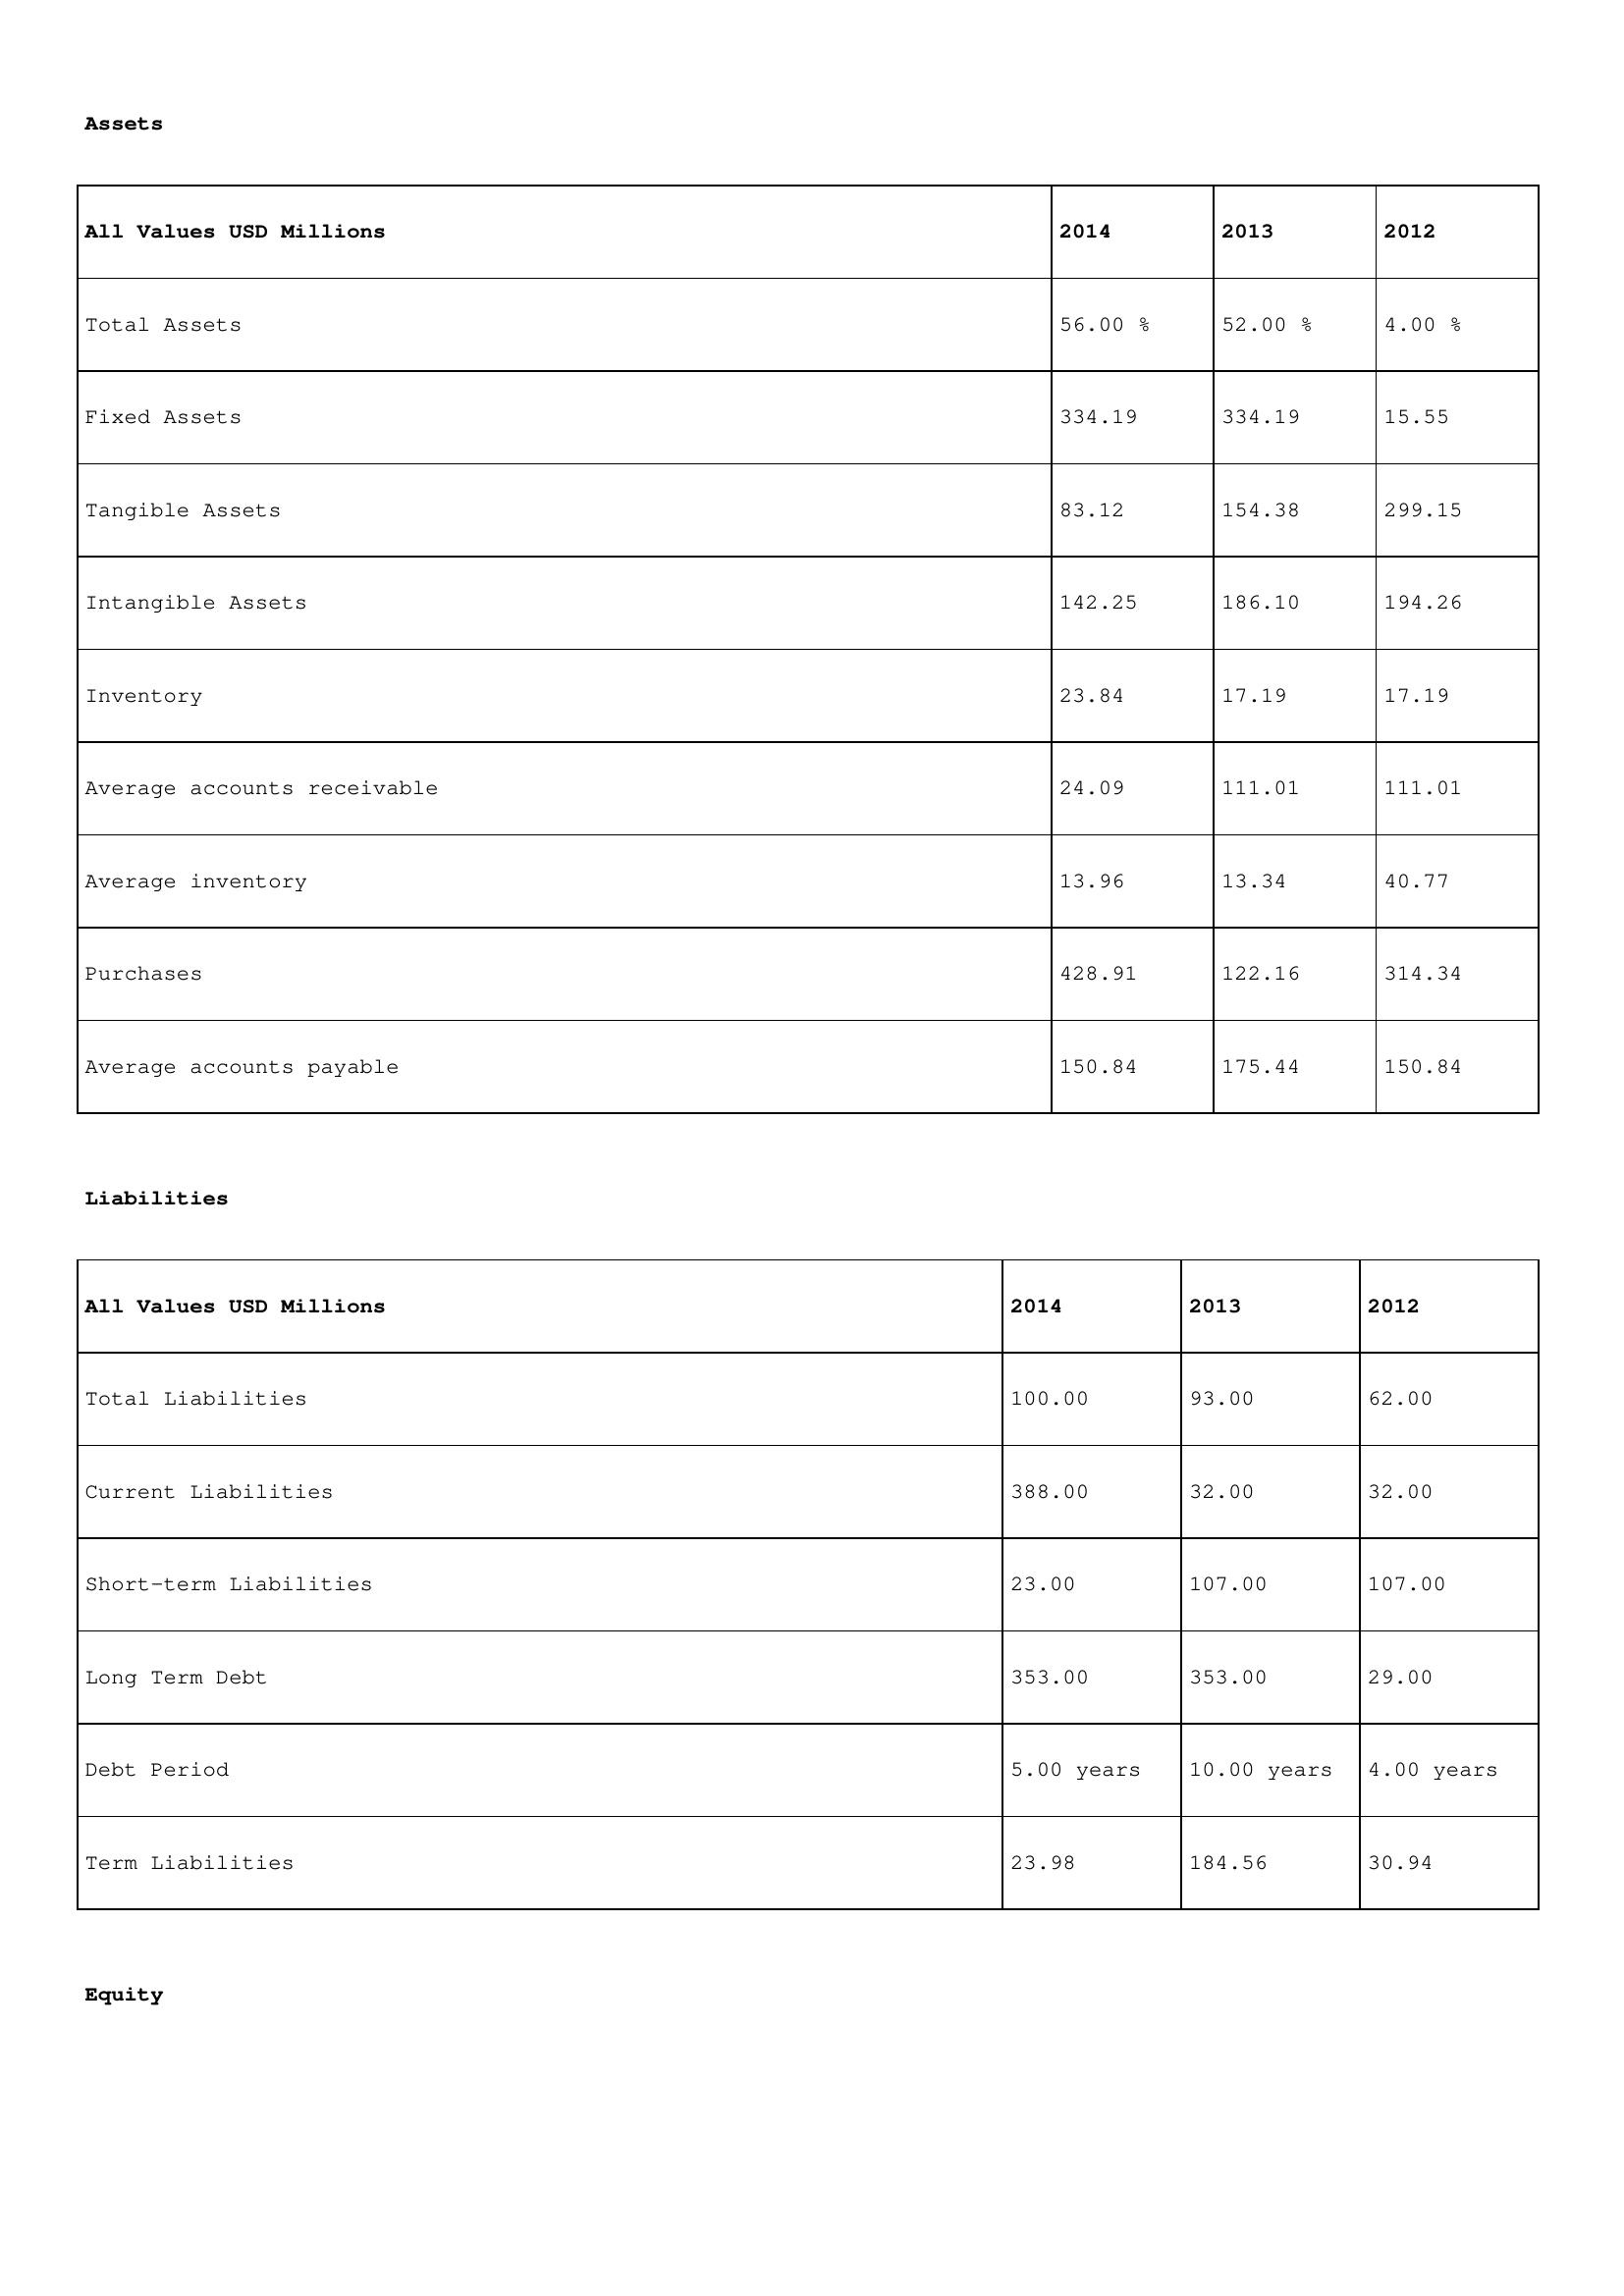
gt_parse: 2014: Assets: Total Assets: 56.00 %
Fixed Assets: 334.19
Tangible Assets: 83.12
Intangible Assets: 142.25
Inventory: 23.84
Average accounts receivable: 24.09
Average inventory: 13.96
Purchases: 428.91
Average accounts payable: 150.84
Liabilities: Total Liabilities: 100.00
Current Liabilities: 388.00
Short-term Liabilities: 23.00
Long Term Debt: 353.00
Debt Period: 5.00 years
Term Liabilities: 23.98
Equity: Common Stock: 33.27
Treasury Stock: 20.88
Other Comprehensive Income: 47.42
Total Equity: 24.00 %
Issued Capital: 327.00
Paid-up Capital: 92.81
Additional Paid-In Capital: 13.49
General Reserves: 108.58
Credit Balance: 42.27
Retained Earnings: 401.41
2013: Assets: Total Assets: 52.00 %
Fixed Assets: 334.19
Tangible Assets: 154.38
Intangible Assets: 186.10
Inventory: 17.19
Average accounts receivable: 111.01
Average inventory: 13.34
Purchases: 122.16
Average accounts payable: 175.44
Liabilities: Total Liabilities: 93.00
Current Liabilities: 32.00
Short-term Liabilities: 107.00
Long Term Debt: 353.00
Debt Period: 10.00 years
Term Liabilities: 184.56
Equity: Common Stock: 12.92
Treasury Stock: 15.78
Other Comprehensive Income: 90.86
Total Equity: 18.00 %
Issued Capital: 328.00
Paid-up Capital: 20.07
Additional Paid-In Capital: 25.54
General Reserves: 108.58
Credit Balance: 26.66
Retained Earnings: 318.67
2012: Assets: Total Assets: 4.00 %
Fixed Assets: 15.55
Tangible Assets: 299.15
Intangible Assets: 194.26
Inventory: 17.19
Average accounts receivable: 111.01
Average inventory: 40.77
Purchases: 314.34
Average accounts payable: 150.84
Liabilities: Total Liabilities: 62.00
Current Liabilities: 32.00
Short-term Liabilities: 107.00
Long Term Debt: 29.00
Debt Period: 4.00 years
Term Liabilities: 30.94
Equity: Common Stock: 174.28
Treasury Stock: 25.62
Other Comprehensive Income: 40.30
Total Equity: 18.00 %
Issued Capital: 376.00
Paid-up Capital: 70.47
Additional Paid-In Capital: 3.21
General Reserves: 71.30
Credit Balance: 17.37
Retained Earnings: 87.10